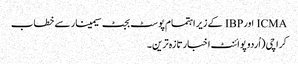
ICMA اورIBP کے زیر اہتمام پوسٹ بجٹ سیمینار سے خطاب
کراچی (اُردو پوائنٹ اخبارتازہ ترین۔